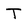
Character: T